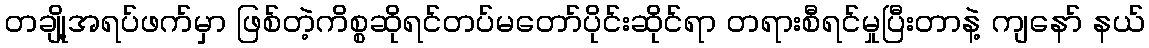
တချို့အရပ်ဖက်မှာ ဖြစ်တဲ့ကိစ္စဆိုရင်တပ်မတော်ပိုင်းဆိုင်ရာ တရားစီရင်မှုပြီးတာနဲ့ ကျနော် နယ်